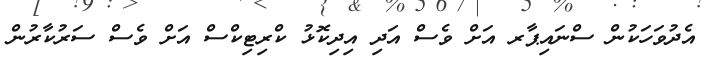
އެދުވަހަކުން ސްނައިޕާރ އަށް ވެސް އަދި އިދިކޮޅު ކްރިޓިކްސް އަށް ވެސް ސަރުކާރުން